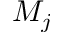
M _ { j }